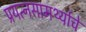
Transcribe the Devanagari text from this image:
प्रयत्‍नसामर्थ्याचे